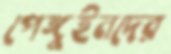
পেঙ্গুইনদের